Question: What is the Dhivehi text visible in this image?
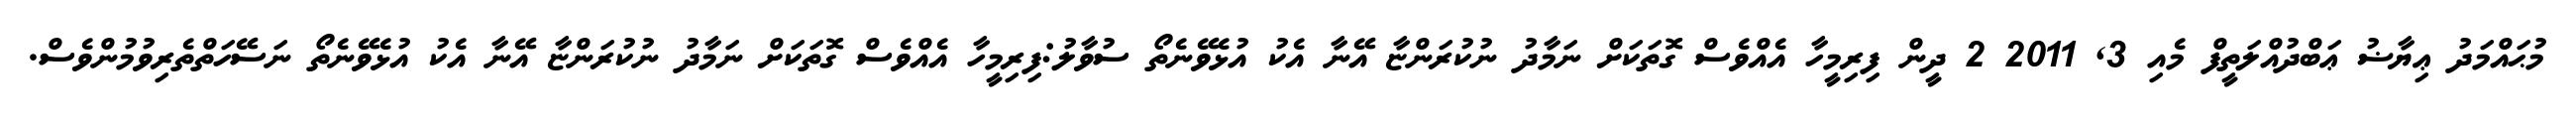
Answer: މުޙައްމަދު ޢިޔާޟު ޢަބްދުއްލަތީފް މެއި 3, 2011 2 ދީން ފިރިމީހާ އެއްވެސް ގޮތަކަށް ނަމާދު ނުކުރަންޏާ އޭނާ އެކު އުޅެވޭނެތޯ ސުވާލު:ފިރިމީހާ އެއްވެސް ގޮތަކަށް ނަމާދު ނުކުރަންޏާ އޭނާ އެކު އުޅެވޭނެތޯ ނަސޭހަތްތެރިވުމުންވެސް.